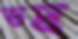
ভদ্র্র